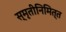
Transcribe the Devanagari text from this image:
स्मृतीनिमित्त